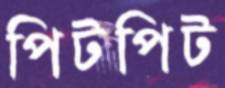
পিটপিট